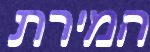
המירת